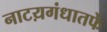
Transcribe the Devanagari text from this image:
नाटय़गंधातर्फे